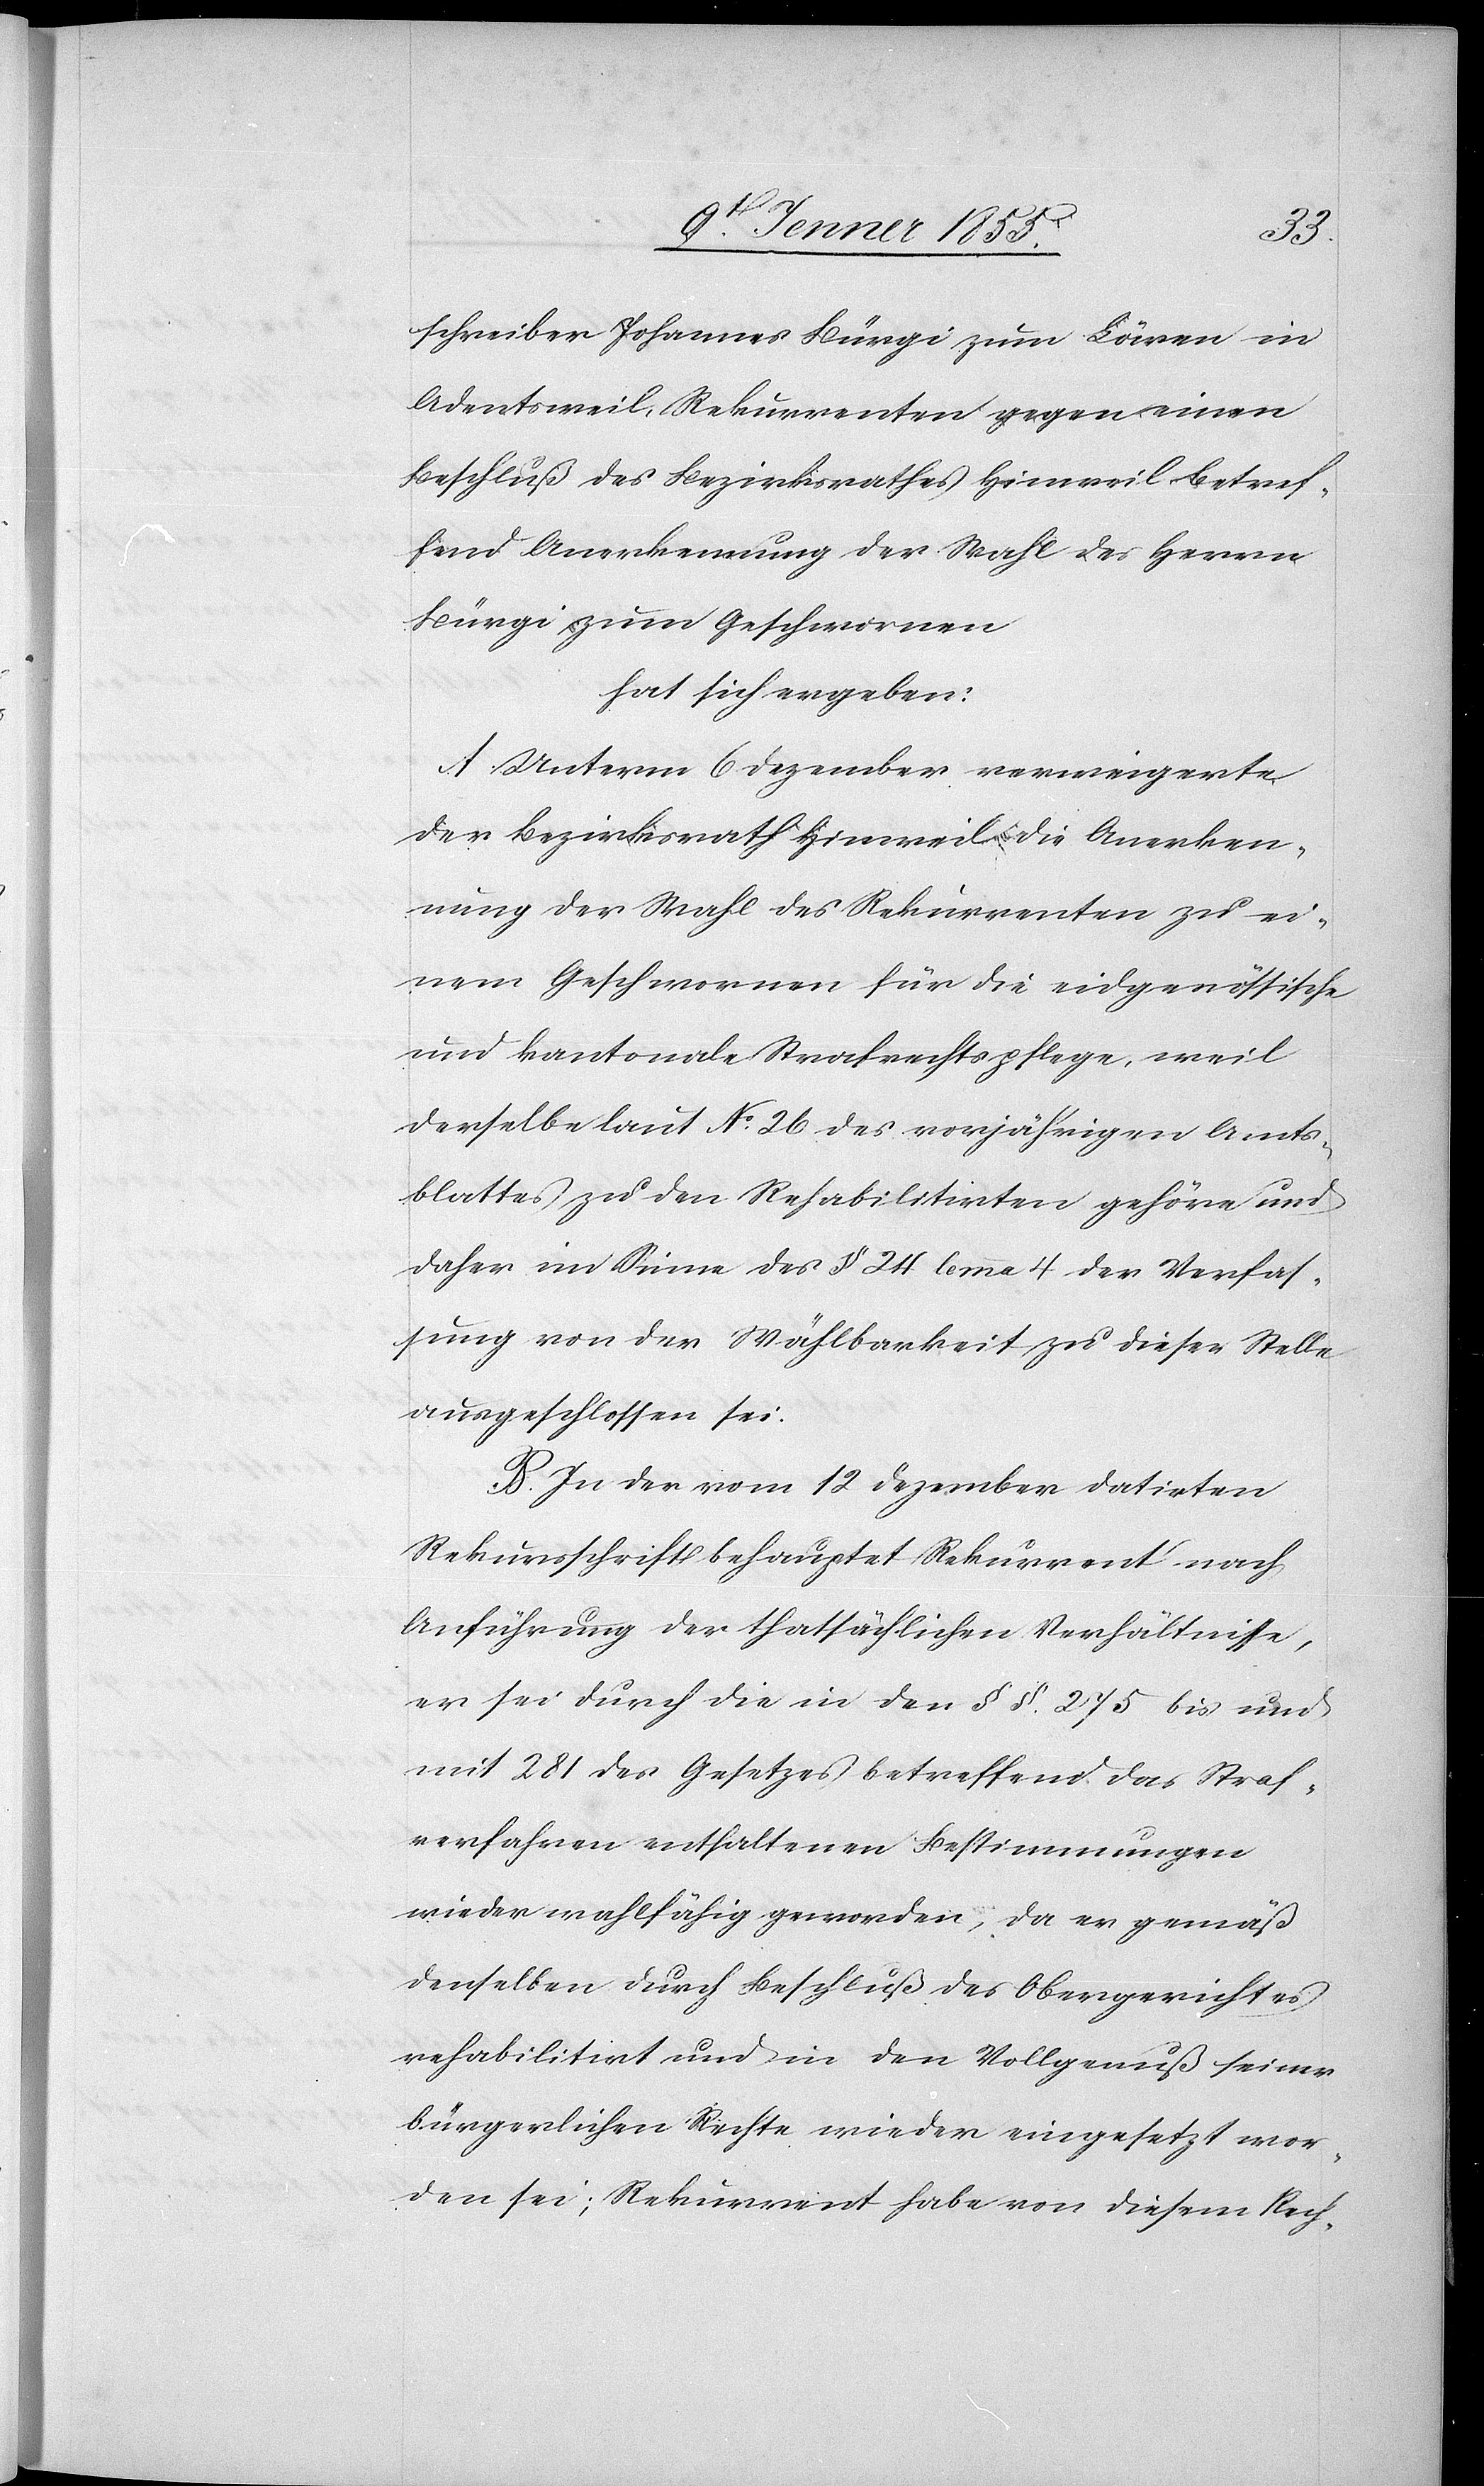
schreiber Johannes Bürgi zum Löwen in
Adentsweil, Rekurrenten gegen einen
Beschluß des Bezirksrathes Hinweil betref¬
fend Anerkennung der Wahl des Herrn
Bürgi zum Geschwornen
hat sich ergeben:
A. Unterm 6 Dezember verweigerte
der Bezirksrath Hinweil die Anerken¬
nung der Wahl des Rekurrenten zu ei¬
nem Geschwornen für die eidgenössische
und kantonale Strafrechtspflege, weil
derselbe laut No. 26 des vorjährigen Amts¬
blattes zu den Rehabilitirten gehöre und
daher im Sinne des § 24 lem[m]a 4 der Verfas¬
sung von der Wählbarkeit zu dieser Stelle
ausgeschlossen sei.
B. In der vom 12 Dezember datirten
Rekursschrift behauptet Rekurrent nach
Anführung der thatsächlichen Verhältnisse,
er sei durch die in den §§. 275 bis und
mit 281 des Gesetzes betreffend das Straf¬
verfahren enthaltenen Bestimmungen
wieder wahlfähig geworden, da er gemäß
denselben durch Beschluß des Obergerichtes
rehabilitirt und in den Vollgenuß seiner
bürgerlichen Rechte wieder eingesetzt wor¬
den sei; Rekurrent habe von diesem Rech-